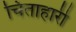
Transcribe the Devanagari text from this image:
चिंताहारी